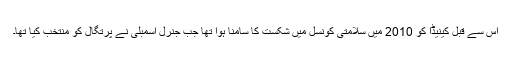
اس سے قبل کینیڈا کو 2010 میں سلامتی کونسل میں شکست کا سامنا ہوا تھا جب جنرل اسمبلی نے پرتگال کو منتخب کیا تھا۔